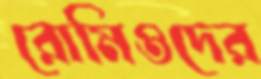
রোমিওদের